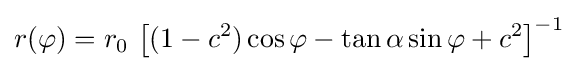
r(\varphi )=r_{0}\,\left[{(1-c^{2})\cos \varphi -\tan \alpha \sin \varphi +c^{2}}\right]^{-1}